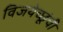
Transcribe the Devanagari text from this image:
विजयेच्छूंची